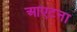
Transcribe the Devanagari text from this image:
आएटना